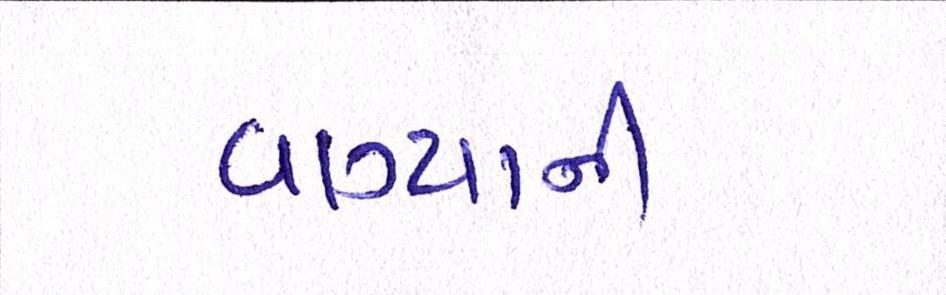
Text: વાગ્યાની